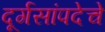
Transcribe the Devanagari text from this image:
दूर्गसांपदेचे